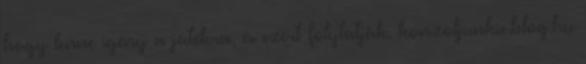
hogy lenne igény a játékra, és ezért folytatják. konzoljunkie.blog.hu